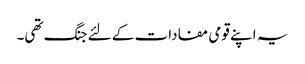
یہ اپنے قومی مفادات کے لئے جنگ تھی۔